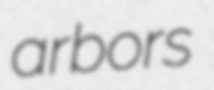
arbors